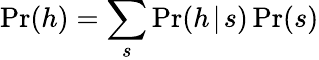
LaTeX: \operatorname*{Pr}(h)=\sum_{s}\operatorname*{Pr}(h\! \mid\! s)\operatorname*{Pr}(s)